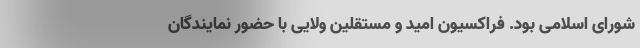
شورای اسلامی بود. فراکسیون امید و مستقلین ولایی با حضور نمایندگان